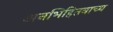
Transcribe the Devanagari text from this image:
अनभिहितवाच्य